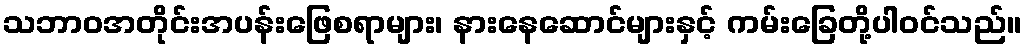
သဘာဝအတိုင်းအပန်းဖြေစရာများ၊ နားနေဆောင်များနှင့် ကမ်းခြေတို့ပါဝင်သည်။